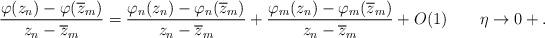
LaTeX: \begin{align*} \frac{\varphi(z_n) - \varphi(\overline z_m)} {z_n-\overline z_m} = \frac{\varphi_n(z_n) - \varphi_n(\overline z_m)} {z_n-\overline z_m} + \frac{\varphi_m(z_n) - \varphi_m(\overline z_m)} {z_n-\overline z_m} + O(1)\quad\quad\eta\to 0+. \end{align*}